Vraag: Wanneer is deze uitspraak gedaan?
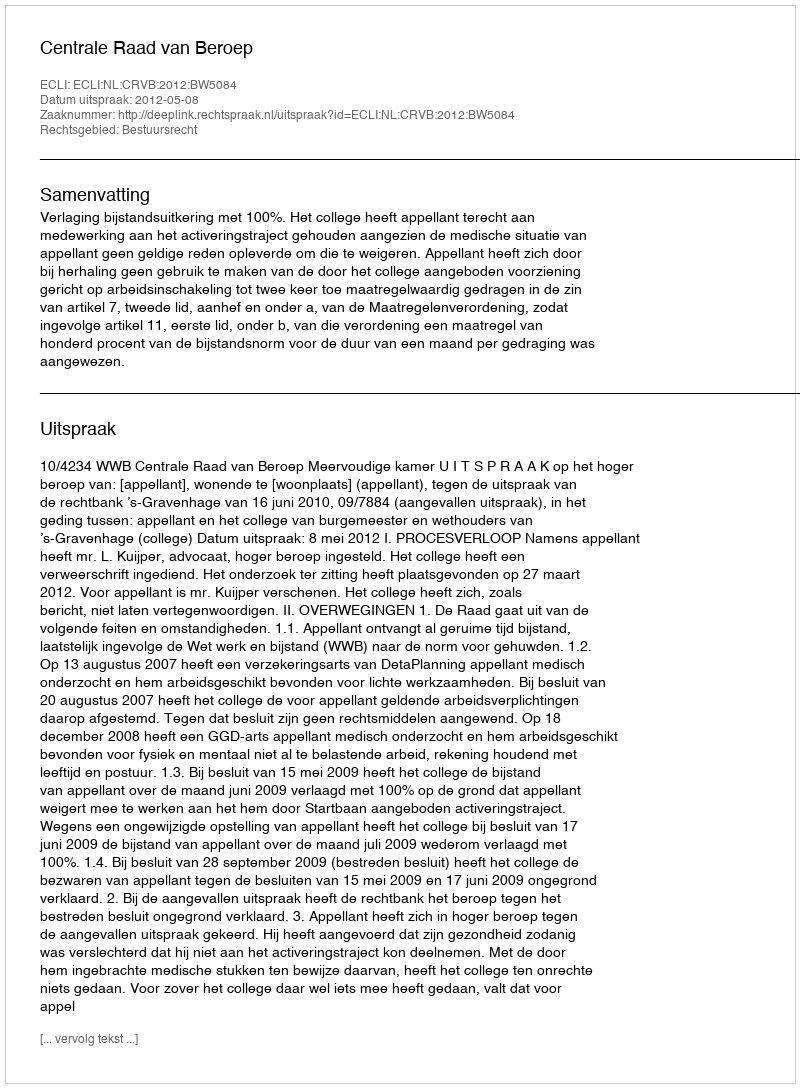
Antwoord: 2012-05-08